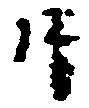
片